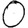
Digit: 0